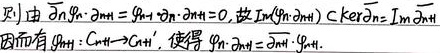
则由 \(\partial_n'\varphi_n - \varphi_{n - 1}\partial_n=\varphi_n\partial_n-\partial_n\varphi_n = 0\)，故 \(\text{Im}(\varphi_{n - 1}\partial_n)\subset\text{Ker}\partial_n'=\text{Im}\widetilde{\partial}_{n + 1}'\)。因而有 \(\varphi_{n + 1}:C_{n+1}\rightarrow C_{n + 1}'\)，使得 \(\varphi_n\partial_n=\partial_{n + 1}'\varphi_{n+1}\)。